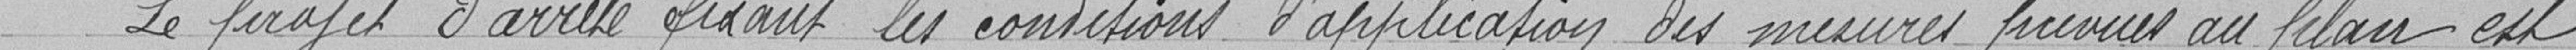
Le projet d'arreté fixant les conditions d'application des mesures prévues au plan est